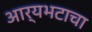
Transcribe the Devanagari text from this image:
आर्यभटाचा